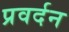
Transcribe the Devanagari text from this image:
प्रवर्दन